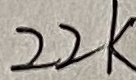
Text: 22K